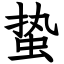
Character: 蛰